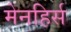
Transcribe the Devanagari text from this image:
मेनहिर्स